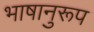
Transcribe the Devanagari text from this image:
भाषानुरूप